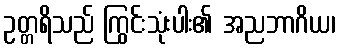
ဥတ္တရိသည် ကြွင်းသုံးပါး၏ အညဘာဂိယ၊